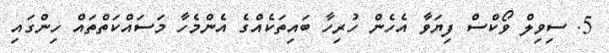
5. ސިވިލް ވޯކްސް ފިޔަވާ އެހެން ހުރިހާ ބައިތަކެއްގެ އެންމެހާ މަސައްކަތްތައް ހިންގައި